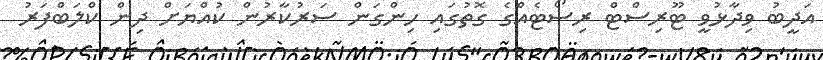
އަދީބު ވިދާޅުވީ ޓޫރިސްޓް ރިސޯޓެއްގެ ގޮތުގައި ހިންގަން ސަރުކާރުން ކުއްޔަށް ދިން ކްލަބްފަރު